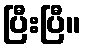
ပြီးပြီ။